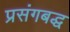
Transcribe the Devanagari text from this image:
प्रसंगबद्ध